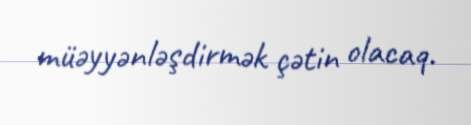
müəyyənləşdirmək çətin olacaq.